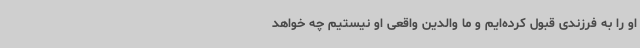
او را به فرزندی قبول کرده‌ایم و ما والدین واقعی او نیستیم چه خواهد